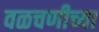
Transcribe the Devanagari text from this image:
वळचणीच्या